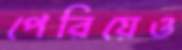
পেরিয়েও